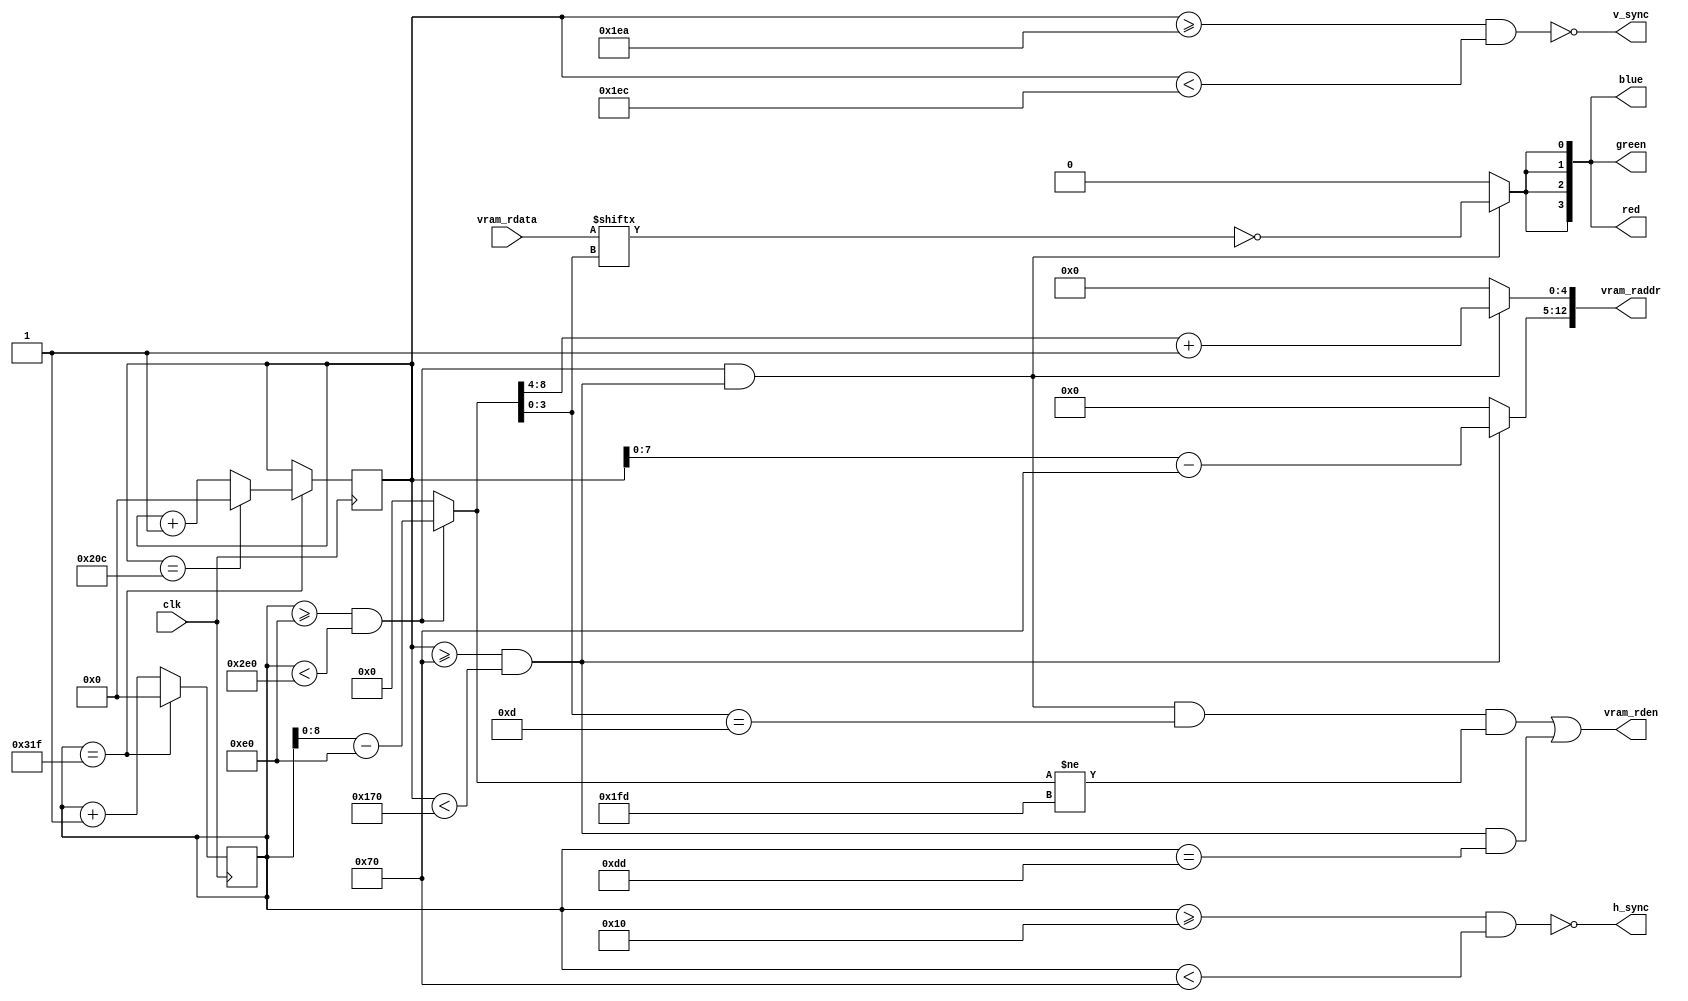
`default_nettype none
`timescale 1ns / 1ps

module vga (
  input clk,

  input [15:0] vram_rdata,
  output [12:0] vram_raddr,
  output vram_rden,

  output h_sync, v_sync,
  output [3:0] red, green, blue
);

localparam [9:0] WIDTH = 512;
localparam [8:0] HEIGHT = 256;

localparam [6:0] H_BLANK = 64;
localparam [6:0] V_BLANK = 112;

localparam [7:0] H_MIN = 160 + H_BLANK;
localparam [9:0] H_MAX = H_MIN + WIDTH;

localparam [6:0] V_MIN = V_BLANK;
localparam [8:0] V_MAX = V_MIN + HEIGHT;

reg [9:0] h_count = 0, v_count = 0;

wire h_sync_pulse = h_count >= 16 && h_count < 112;
wire h_display = h_count >= H_MIN && h_count < H_MAX;
wire h_end = h_count == 799;

wire v_sync_pulse = v_count >= 490 && v_count < 492;
wire v_display = v_count >= V_MIN && v_count < V_MAX;
wire v_end = v_count == 524;

wire [8:0] x = h_display ? h_count - H_MIN : 0; // range: 0-511
wire [7:0] y = v_display ? v_count - V_MIN : 0; // range: 0-255

// In 640x480 @ 60Hz, both H- and V-sync signals have negative polarity.
assign h_sync = ~h_sync_pulse;
assign v_sync = ~v_sync_pulse;

wire display = h_display && v_display;

// If we're in the rendering phase, then we want vram_offset to point to the
// offset of the _next_ 16-bit word of pixels that needs to be read from VRAM,
// so we add 1 to the result of dividing x by 16. If we're not rendering, then
// we set vram_offset to 0 in preparation for the first pixel of the new line.
wire [4:0] vram_offset = display ? x[8:4] + 1 : 0; // x[8:4] == x >> 4 == x / 16

// vram_addr is simply line offset (32 * y) + pixel word offset (x / 16).
assign vram_raddr = { y, vram_offset }; // { y, offset } == (y << 5) + offset == (y * 32) + offset

// Reading from VRAM takes 3 cycles, so during the active rendering phase, we
// want to request a read whenever there are 3 pixels left in the current
// 16-bit word, i.e. when the x value modulo 16 = 13. In addition, while we're
// in the horizontal back porch, we need to ask for the first pixel word
// 3 cycles ahead of hitting the visible area (as long as v_display is high).
assign vram_rden = (display && x[3:0] == 13 && x != WIDTH - 3) || (v_display && h_count == H_MIN - 3);

// Negate the pixel value so that 1 = black, 0 = white.
wire pixel = display ? ~vram_rdata[x[3:0]] : 0; // x[3:0] == x mod 16

// This is a black-and-white display, so we need to repeat the black or white
// pixel across the four bits of all three colours.
assign red   = { 4{ pixel } };
assign green = { 4{ pixel } };
assign blue  = { 4{ pixel } };

always @(posedge clk) begin
  if (h_end) begin
    h_count <= 0;
    v_count <= v_end ? 0 : v_count + 1;
  end else begin
    h_count <= h_count + 1;
  end
end

endmodule